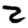
Digit: 2